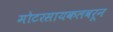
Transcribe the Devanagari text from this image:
मोटरसायकलवरून